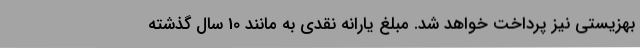
بهزیستی نیز پرداخت خواهد شد. مبلغ یارانه نقدی به مانند 10 سال گذشته